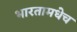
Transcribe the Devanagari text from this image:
भारतामधेच